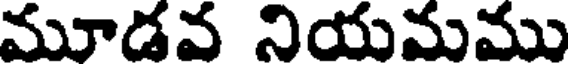
మూడవ నియమము